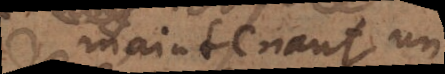
maintenant un